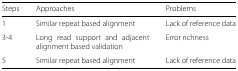
| Steps | Approaches | Problems |
 | --- | --- | --- |
 | 1 | Similar repeat based alignment | Lack of reference data |
 | 3-4 | Long read support and adjacent alignment based validation | Error richness |
 | 5 | Similar repeat based alignment | Lack of reference data |